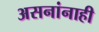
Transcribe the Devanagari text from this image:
असनांनाही